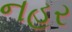
નહર